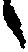
へ